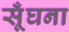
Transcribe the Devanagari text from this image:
सूँघना